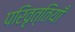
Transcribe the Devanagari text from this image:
परिवृत्तियाँ